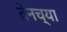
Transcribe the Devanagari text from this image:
तेनच्या